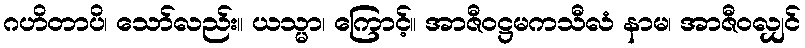
ဂဟိတာပိ၊ သော်လည်း။ ယသ္မာ၊ ကြောင့်။ အာဇီဝဋ္ဌမကသီလံ နာမ၊ အာဇီဝလျှင်